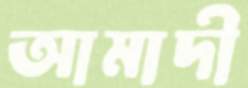
আমাদী